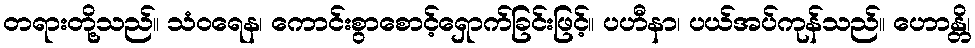
တရားတို့သည်။ သံဝရေန၊ ကောင်းစွာစောင့်ရှောက်ခြင်းဖြင့်။ ပဟီနာ၊ ပယ်အပ်ကုန်သည်။ ဟောန္တိ၊